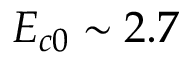
E _ { c 0 } \sim 2 . 7